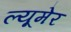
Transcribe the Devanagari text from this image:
ल्यूमेर